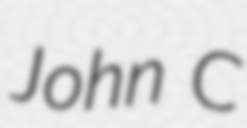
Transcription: John C